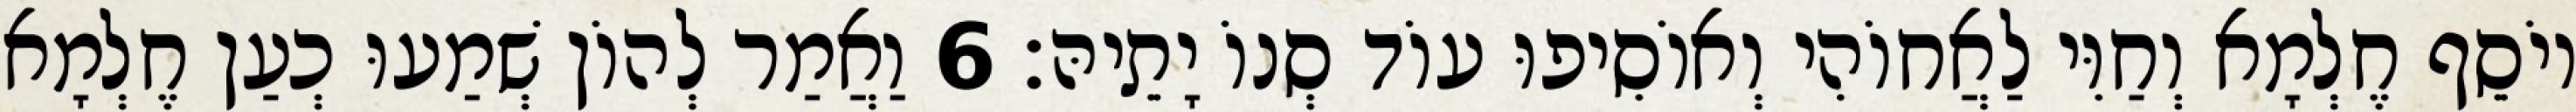
יוֹסֵף חֶלְמָא וְחַוִּי לַאֲחוֹהִי וְאוֹסִיפוּ עוֹד סְנוֹ יָתֵיהּ׃ 6 וַאֲמַר לְהוֹן שְׁמַעוּ כְעַן חֶלְמָא